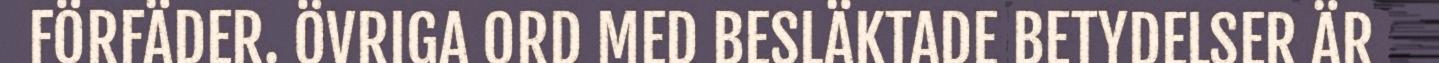
FÖRFÄDER. ÖVRIGA ORD MED BESLÄKTADE BETYDELSER ÄR